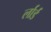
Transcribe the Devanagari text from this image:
र्लार्ड